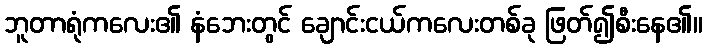
ဘူတာရုံကလေး၏ နံဘေးတွင် ချောင်းငယ်ကလေးတစ်ခု ဖြတ်၍စီးနေ၏။